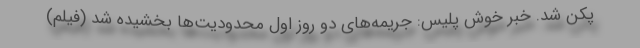
پکن شد. خبر خوش پلیس: جریمه‌های دو روز اول محدودیت‌ها بخشیده شد (فیلم)